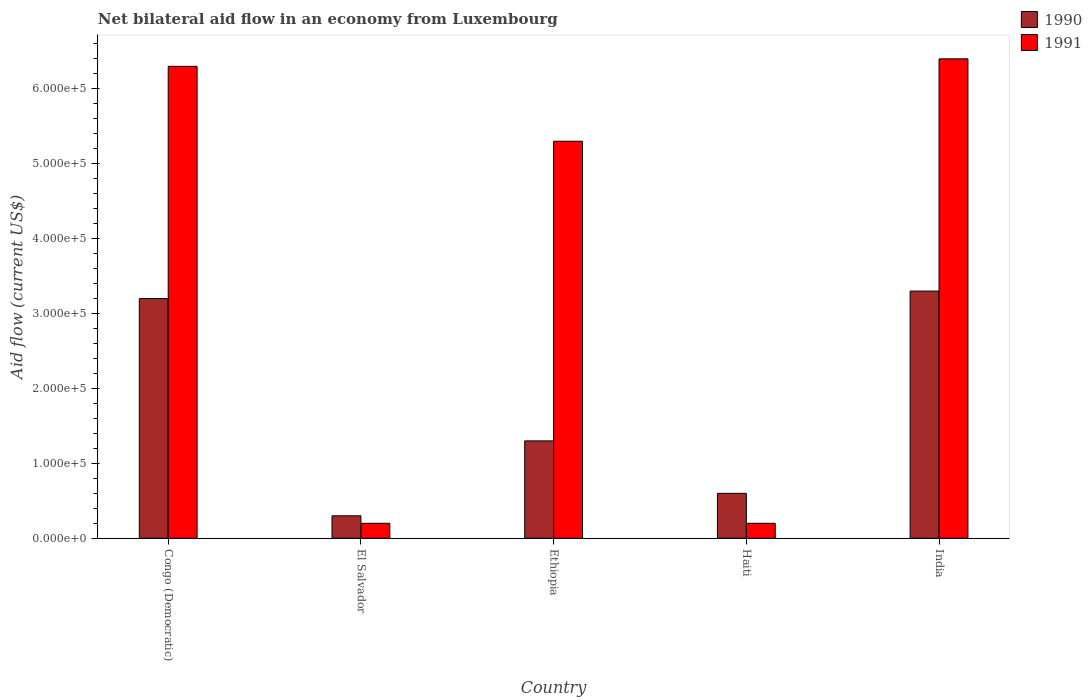
| Country | 1990 | 1991 |
 | --- | --- | --- |
 | Congo (Democratic) | 3.2e+05 | 6.3e+05 |
 | El Salvador | 3e+04 | 2e+04 |
 | Ethiopia | 1.3e+05 | 5.3e+05 |
 | Haiti | 6e+04 | 2e+04 |
 | India | 3.3e+05 | 6.4e+05 |